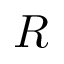
R